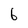
Character: b